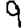
Digit: 9